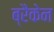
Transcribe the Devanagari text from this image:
ब्रैकेन